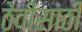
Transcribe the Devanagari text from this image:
ठेवींसाठी